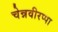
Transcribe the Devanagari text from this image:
चेन्नवीरप्पा